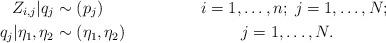
LaTeX: \begin{align*}Z_{i,j}|q_{j} & \sim (p_{j}) \; & i=1, & \ldots,n; \; j=1,\dots,N; \\q_{j}|\eta_{1},\eta_{2} & \sim (\eta_{1},\eta_{2}) & & j=1,\dots,N.\end{align*}